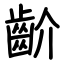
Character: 齘